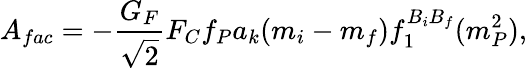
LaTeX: A_{fac}=-{\frac{G_{F}}{\sqrt{2}}}F_{C}f_{P}a_{k}(m_{i}-m_{f})f_{1}^{B_{i}B_{f}}(m_{P}^{2}),